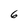
Character: 6